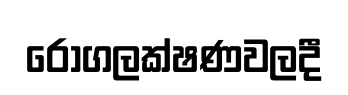
රෝගලක්ෂණවලදී